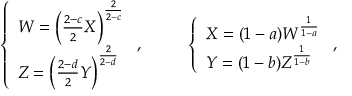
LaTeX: \left\{ \begin{array} { l } { { W = \left( { \frac { 2 - c } { 2 } } X \right) ^ { \frac { 2 } { 2 - c } } } } \\ { { Z = \left( { \frac { 2 - d } { 2 } } Y \right) ^ { \frac { 2 } { 2 - d } } } } \end{array} \right. , \ \ \ \ \ \ \ \ \left\{ \begin{array} { l } { { X = ( 1 - a ) W ^ { \frac { 1 } { 1 - a } } } } \\ { { Y = ( 1 - b ) Z ^ { \frac { 1 } { 1 - b } } } } \end{array} \right. ,